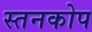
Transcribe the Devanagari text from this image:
स्तनकोप